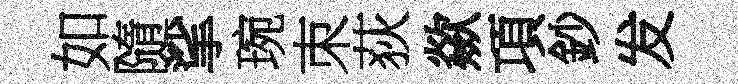
如隨挲琬朿荻歘項鈔发